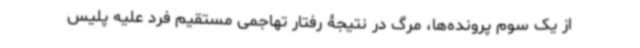
از یک سوم پرونده‌ها، مرگ در نتیجۀ رفتار تهاجمی مستقیم فرد علیه پلیس